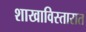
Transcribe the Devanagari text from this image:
शाखाविस्तारात